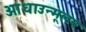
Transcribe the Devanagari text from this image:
आधाउन्मूलन